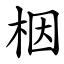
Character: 栶